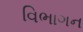
વિભાગન